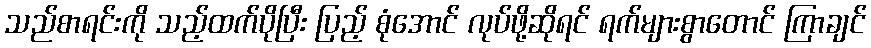
သည်စာရင်းကို သည့်ထက်ပိုပြီး ပြည့် စုံအောင် လုပ်ဖို့ဆိုရင် ရက်များစွာတောင် ကြာချင်